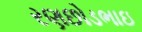
રણછોડભાઇ